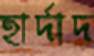
হার্দাদ